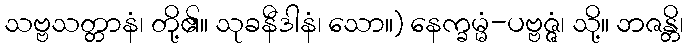
သဗ္ဗသတ္တာနံ၊ တို့၏။ သုခနီဒါနံ၊ သော။) နေက္ခမ္မံ-ပဗ္ဗဇ္ဇံ၊ သို့။ ဘဇန္တိ၊